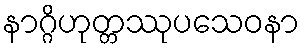
နာဂ္ဂိဟုတ္တဿုပသေဝနာ